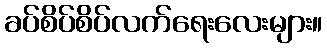
ခပ်စိပ်စိပ်လက်ရေးလေးများ။